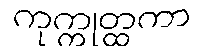
ကုက္ကုတ္ထကာ